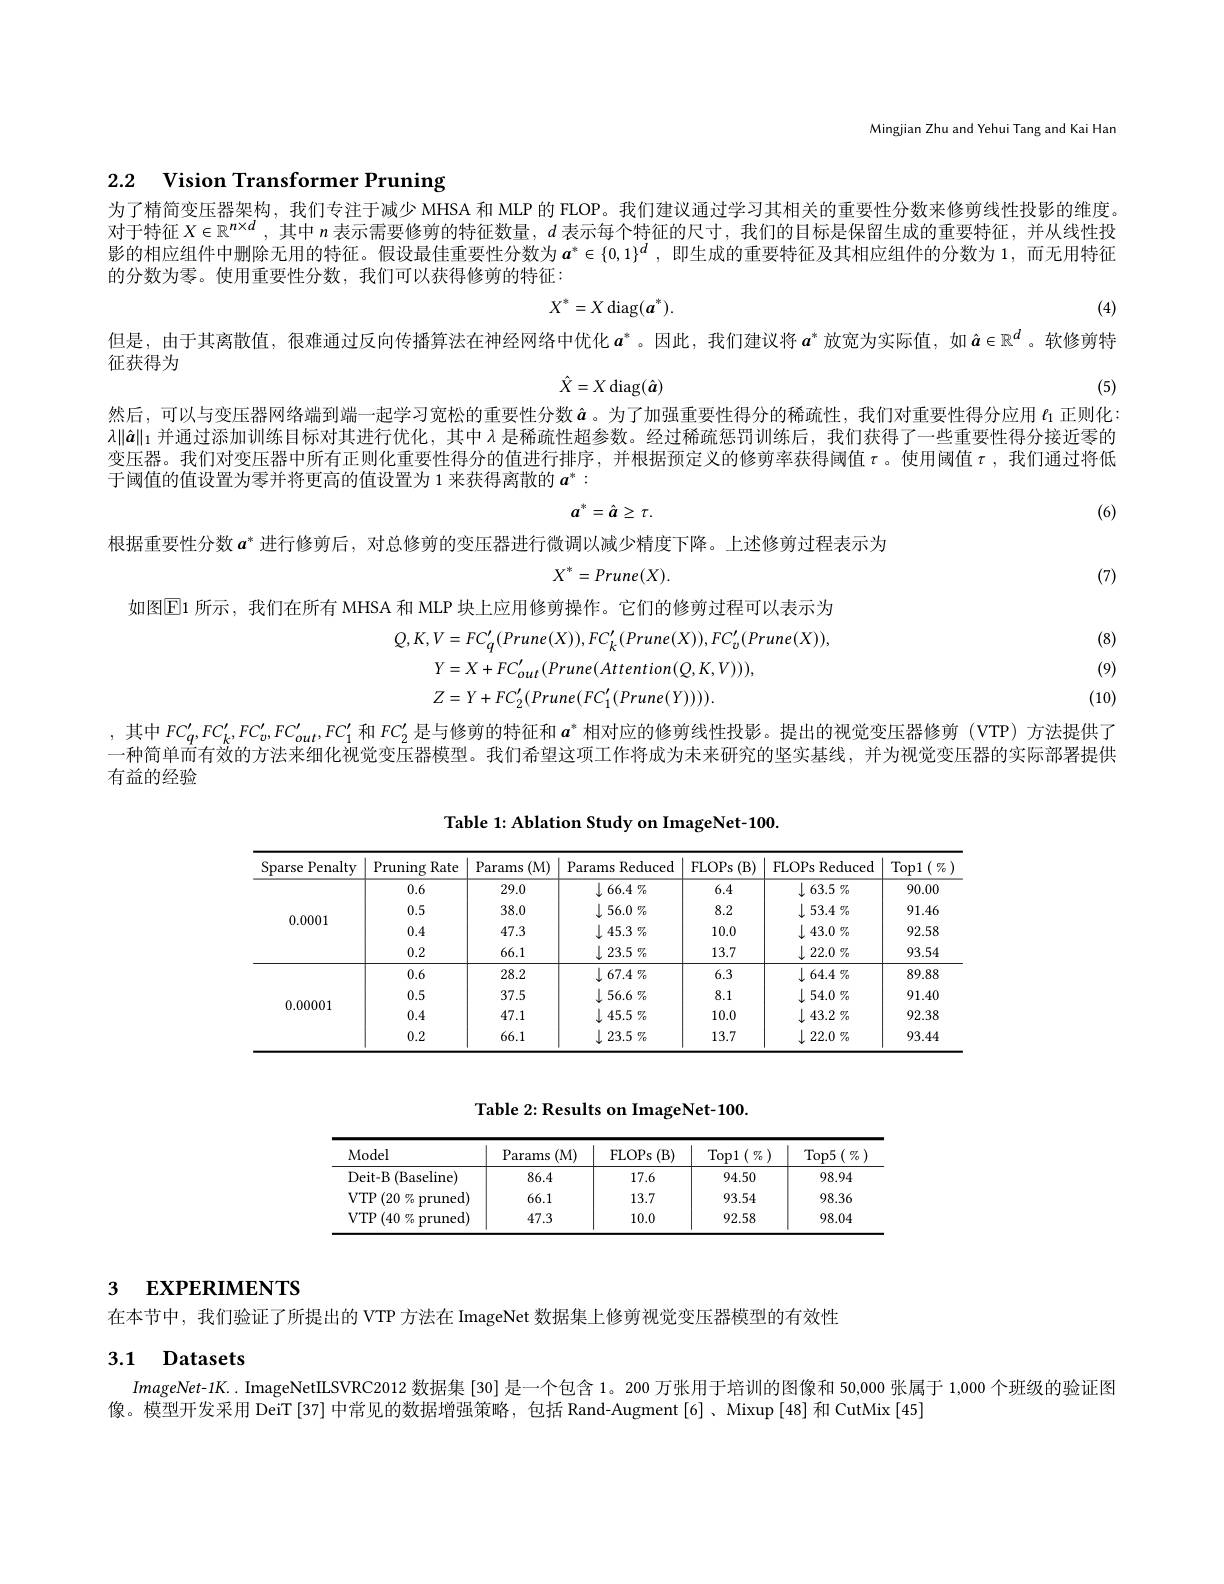
Mingjian Zhu and Yehui Tang and Kai Han

# 2.2 Vision Transformer Pruning

为了精简变压器架构，我们专注于减少 MHSA 和 MLP 的 FLOP。我们建议通过学习其相关的重要性分数来修剪线性投影的维度对于特征$X\in\mathbb{R}^n\times d$,其中$n$表示需要修剪的特征数量，$d$表示每个特征的尺寸，我们的目标是保留生成的重要特征，并从线性投影的相应组件中删除无用的特征。假设最佳重要性分数为$a^*\in\{0,1\}^d$,即生成的重要特征及其相应组件的分数为1，而无用特征的分数为零。使用重要性分数，我们可以获得修剪的特征：
$$X^*=X\operatorname{diag}(a^*).$$
(4)

但是，由于其离散值，很难通过反向传播算法在神经网络中优化$a^*$。因此，我们建议将$a^*$放宽为实际值，如$\hat{a}\in\mathbb{R}^d$ 。软修剪特

征获得为
$$\hat{X}=X\operatorname{diag}(\hat{a})$$
(5)

然后，可以与变压器网络端到端一起学习宽松的重要性分数$\hat{a}$。为了加强重要性得分的稀疏性，我们对重要性得分应用 $\iota_{1}$ 正则化： $\lambda\|\hat{a}\|_1$并通过添加训练目标对其进行优化，其中$\lambda$是稀疏性超参数。经过稀疏惩罚训练后，我们获得了一些重要性得分接近零的变压器。我们对变压器中所有正则化重要性得分的值进行排序，并根据预定义的修剪率获得阈值$\tau$。使用阈值$\tau$,我们通过将低于阈值的值设置为零并将更高的值设置为 1 来获得离散的$a^*:$
$$a^{*}=\hat{a}\geq\tau.$$
(6)

根据重要性分数$a^*$进行修剪后，对总修剪的变压器进行微调以减少精度下降。上述修剪过程表示为
$$X^*=Prune(X).$$
(7)

如图$\boxed{\mathrm{E}1\text{ 所示，我们在所有 MHSA 和 MLP 块上应用修剪操作。它们的修剪过程可以表示为}}$

(8)

(9)
$$\begin{aligned}Q,K,V&=FC_{q}^{\prime}(Prune(X)),FC_{k}^{\prime}(Prune(X)),FC_{v}^{\prime}(Prune(X)),\\&Y=X+FC_{out}^{\prime}(Prune(Attention(Q,K,V))),\\&Z=Y+FC_{2}^{\prime}(Prune(FC_{1}^{\prime}(Prune(Y)))).\end{aligned}$$
(10)

其中$FC_q^{\prime},FC_k^{\prime},FC_v^{\prime},FC_{out}^{\prime},FC_1^{\prime}$ 和$FC_2^{\prime}$ 是与修剪的特征和 $a^*$ 相对应的修剪线性投影。提出的视觉变压器修剪 (VTP) 方法提供了一种简单而有效的方法来细化视觉变压器模型。我们希望这项工作将成为未来研究的坚实基线，并为视觉变压器的实际部署提供有益的经验

Table 1: Ablation Study on ImageNet-100.

<table>
	<tbody>
		<tr>
			<th>Sparse Penalty</th>
			<th>Pruning Rate</th>
			<th>Params (M)</th>
			<th>Params Reduced</th>
			<th>FLOPs $(\mathbf{B})$</th>
			<th>FLOPs Reduced</th>
			<th>$\operatorname{Top1}\left(\begin{array}{c}{0}\\{0}\end{array}\right)$</th>
		</tr>
		<tr>
			<td rowspan="4">0.0001</td>
			<td>0.6</td>
			<td>29.0</td>
			<td>$\downarrow66.4\%$</td>
			<td>6.4</td>
			<td>$\downarrow63.5\%$</td>
			<td>90.00</td>
		</tr>
		<tr>
			<td>0.5</td>
			<td>38.0</td>
			<td>$\downarrow56.0\%$</td>
			<td>8.2</td>
			<td>$\downarrow53.4\%$</td>
			<td>91.46</td>
		</tr>
		<tr>
			<td>0.4</td>
			<td>47.3</td>
			<td>$\downarrow 45. 3$ $\%$</td>
			<td>10.0</td>
			<td>$\downarrow43.0\%$</td>
			<td>92.58</td>
		</tr>
		<tr>
			<td>0.2</td>
			<td>66.1</td>
			<td>$\downarrow 23. 5$ $\%$</td>
			<td>13.7</td>
			<td>$\downarrow22.0\%$</td>
			<td>93.54</td>
		</tr>
		<tr>
			<td rowspan="4">0.00001</td>
			<td>0.6</td>
			<td>28.2</td>
			<td>$\downarrow67.4\%$</td>
			<td>6.3</td>
			<td>$\downarrow64.4\%$</td>
			<td>89.88</td>
		</tr>
		<tr>
			<td>0.5</td>
			<td>37.5</td>
			<td>$\downarrow56.6\%$</td>
			<td>8.1</td>
			<td>$\downarrow54.0\%$</td>
			<td>91.40</td>
		</tr>
		<tr>
			<td>0.4</td>
			<td>47.1</td>
			<td>$\downarrow45.5\%$</td>
			<td>10.0</td>
			<td>$\downarrow43.2\%$</td>
			<td>92.38</td>
		</tr>
		<tr>
			<td>0.2</td>
			<td>66.1</td>
			<td>$\downarrow$ $23.5\%$</td>
			<td>13.7</td>
			<td>$\downarrow22.0\%$ </td>
			<td>93.44</td>
		</tr>
	</tbody>
</table>

Table 2: Results on ImageNet-100.

<table>
	<tbody>
		<tr>
			<th>Model</th>
			<th>Params (M)</th>
			<th>FLOPs (B) $f$ </th>
			<th>$\operatorname{Top1}\left(\begin{array}{c}{{\mathcal{T}}}_{0}\end{array}\right)$</th>
			<th>$\operatorname{Top5}\left(\begin{array}{c}{0}\\{0}\end{array}\right)$</th>
		</tr>
		<tr>
			<td>Deit- B (Baseline)</td>
			<td>86.4</td>
			<td>17.6</td>
			<td>94.50</td>
			<td>98.94</td>
		</tr>
		<tr>
			<td>$VTP$ $(20\%$ $z_{0}$ pruned)</td>
			<td>66.1</td>
			<td>13.7</td>
			<td>93.54</td>
			<td>98.36</td>
		</tr>
		<tr>
			<td>VTP$\left ( 40\% \mathrm{~pruned}\right )$</td>
			<td>47.3</td>
			<td>10.0</td>
			<td>92.58</td>
			<td>98.04</td>
		</tr>
	</tbody>
</table>

### 3 EXPERIMENTS

在本节中，我们验证了所提出的 VTP 方法在 ImageNet 数据集上修剪视觉变压器模型的有效性

### 3.1 Datasets

$ImageNet-1K.$ .ImageNetILSVRC2012 数据集 [30] 是一个包含 1。200 万张用于培训的图像和 50,000 张属于 1,000 个班级的验证图
像。模型开发采用 DeiT [37]中常见的数据增强策略，包括 Rand-Augment [6]、Mixup [48] 和 CutMix [45]